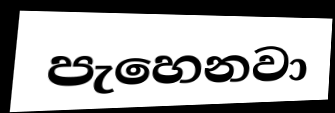
පැහෙනවා